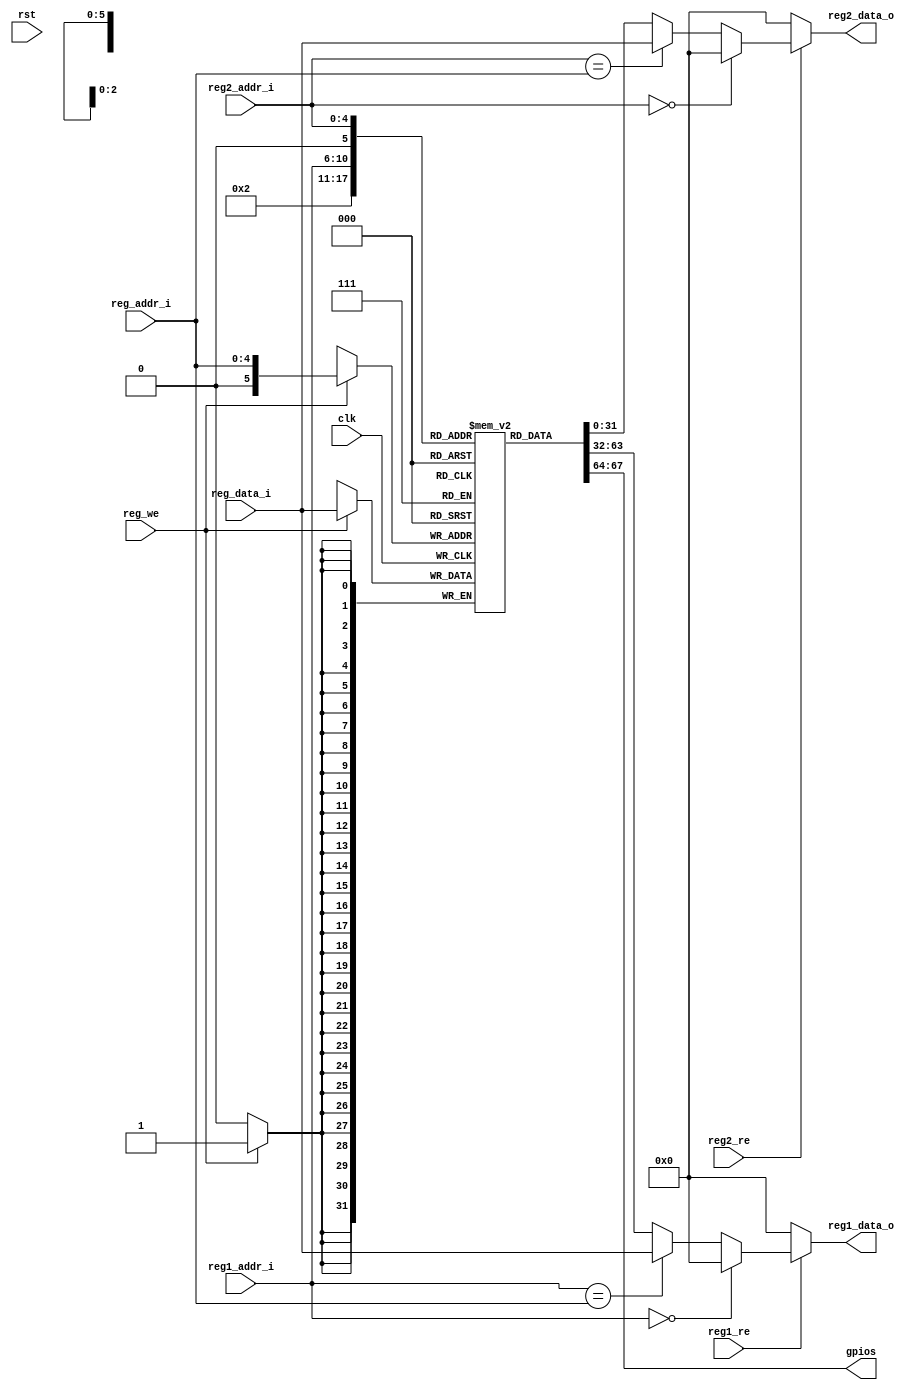
`timescale 1ns / 1ps
//////////////////////////////////////////////////////////////////////////////////
// Company: 
// Engineer: 
// 
// Design Name: 
// Module Name: regs
// Project Name: 
// Target Devices: 
// Tool Versions: 
// Description: 
// 
// Dependencies: 
// 
// Revision:
// Revision 0.01 - File Created
// Additional Comments:
// 
//////////////////////////////////////////////////////////////////////////////////


module regs(
    input rst,
    input clk,
    //read reg1
    input [4:0] reg1_addr_i,
    input reg1_re,
    //read reg2
    input [4:0] reg2_addr_i,
    input reg2_re,
    //write reg
    input [4:0] reg_addr_i,
    input [31:0] reg_data_i,
    input reg_we,
    //output
    output reg[31:0] reg1_data_o,
    output reg[31:0] reg2_data_o,
    //test
    output [3:0]gpios
    );
    
reg [31:0]reg_map[32:0];
assign gpios=reg_map[1][3:0];
always@(*)
begin
    if(!reg1_re) begin
        reg1_data_o<=32'b0;
    end
    else if(reg1_addr_i==5'b0) begin
        reg1_data_o<=32'b0;
    end
    else if(reg1_addr_i==reg_addr_i) begin
        reg1_data_o<=reg_data_i;
    end
    else  begin
        reg1_data_o<=reg_map[reg1_addr_i];
    end
end

always@(*)
begin
    if(!reg2_re) begin
        reg2_data_o<=32'b0;
    end
    else if(reg2_addr_i==5'b0) begin
        reg2_data_o<=32'b0;
    end
    else if(reg2_addr_i==reg_addr_i) begin
        reg2_data_o<=reg_data_i;
    end
    else  begin
        reg2_data_o<=reg_map[reg2_addr_i];
    end
end

always@(posedge clk)
begin
    if(reg_we) begin
       reg_map[reg_addr_i]<=reg_data_i;
    end
end
endmodule